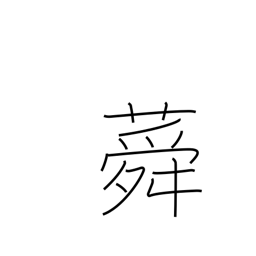
Meaning: althea